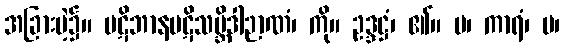
အခြားမဲ့၌။ ပဋိဘာနပဋိသမ္ဘိဒါဉာဏံ၊ ကို။ ဥဒ္ဒဋ္ဌံ၊ ၏။ ပ၊ ကာရံ၊ ပ၊